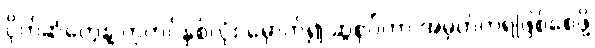
ပိုက်ဆံတွေနဲ့ ကုတင်နှစ်လုံး မှောက်၍ ဆွဲစုပ်ကာ အမှတ်တရဖြစ်စေဖို့